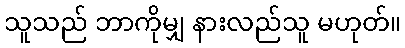
သူသည် ဘာကိုမျှ နားလည်သူ မဟုတ်။